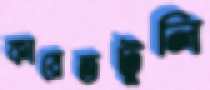
কায়েতটুলি